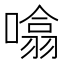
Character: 噏